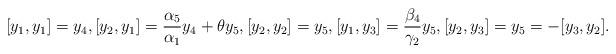
LaTeX: \begin{align*}[y_1, y_1]=y_4, [y_2, y_1]=\frac{\alpha_5}{\alpha_1}y_4+\theta y_5, [y_2, y_2]=y_5, [y_1, y_3]=\frac{\beta_4}{\gamma_2}y_5, [y_2, y_3]=y_5=-[y_3, y_2].\end{align*}